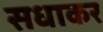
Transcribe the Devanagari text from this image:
सधाकर